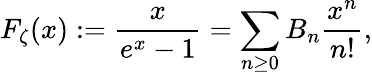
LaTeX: F_{\zeta}(x):={\frac{x}{e^{x}-1}}=\sum_{n\geq 0}B_{n}{\frac{x^{n}}{n!}},